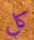
كل